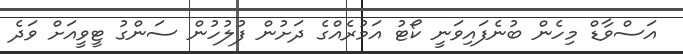
އަސްވާޑް މިހެން ބުނެފައިވަނީ ކޯޓު އަމުރެއްގެ ދަށުން ފުލުހުން ސަންގު ޓީވީއަށް ވަދެ